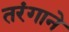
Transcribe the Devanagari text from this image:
तरंगाने